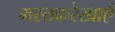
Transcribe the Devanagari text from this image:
मस्तकरेखाएँ